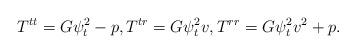
LaTeX: \begin{align*} T^{tt}=G\psi_t^2-p,T^{tr}=G\psi_t^2v,T^{rr}=G\psi_t^2v^2+p.\end{align*}